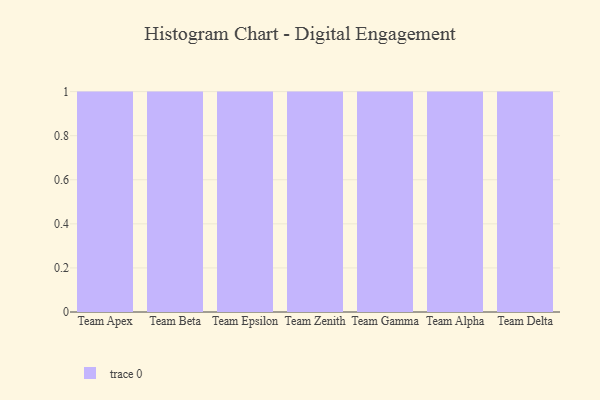
{"axis": {"x": "Team", "y": "Operating Costs (USD K)"}, "legend": [""], "data": [{"x": "Team Apex", "y": 75, "type": ""}, {"x": "Team Beta", "y": 38, "type": ""}, {"x": "Team Epsilon", "y": 52, "type": ""}, {"x": "Team Zenith", "y": 95, "type": ""}, {"x": "Team Gamma", "y": 81, "type": ""}, {"x": "Team Alpha", "y": 72, "type": ""}, {"x": "Team Delta", "y": 64, "type": ""}]}